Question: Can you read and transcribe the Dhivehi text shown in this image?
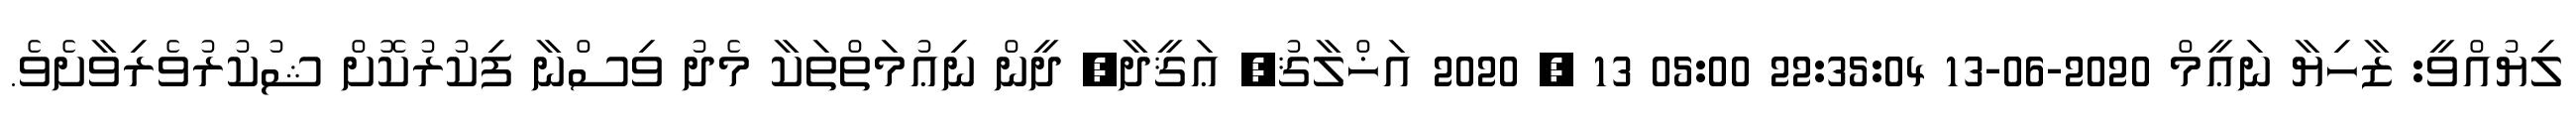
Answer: ލިޔުއްވީ: ޒާހިޔާ ނަޢީމް 2020-06-13 22:35:04 05:00 13 , 2020 އަޚްލާޤު, ޢަޤީދާ, ދީން ނިޢުމަތްތަކާ މެދު ވިސްނާ ފިކުރުކޮށް ޝުކުރުވެރިވާށެވެ.